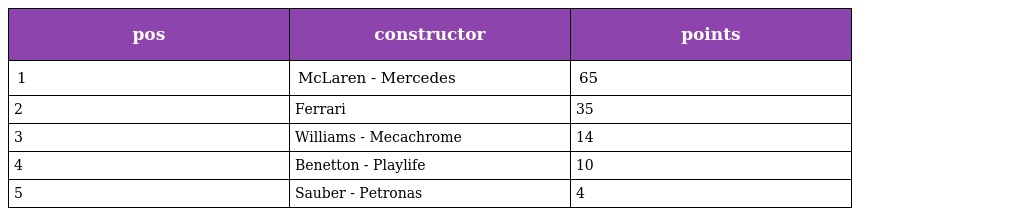
| pos | constructor | points |
 | --- | --- | --- |
 | 1 | McLaren - Mercedes | 65 |
 | 2 | Ferrari | 35 |
 | 3 | Williams - Mecachrome | 14 |
 | 4 | Benetton - Playlife | 10 |
 | 5 | Sauber - Petronas | 4 |